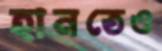
হানতেও